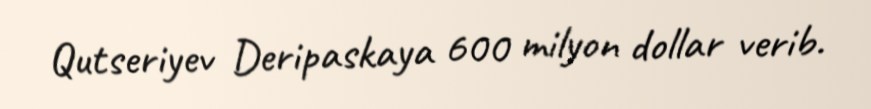
Qutseriyev Deripaskaya 600 milyon dollar verib.